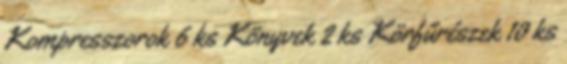
Kompresszorok 6 ks Könyvek 2 ks Körfűrészek 10 ks